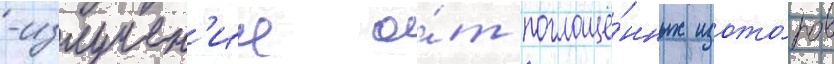
-излучен'ие о́т поглощё́нных изото́пов